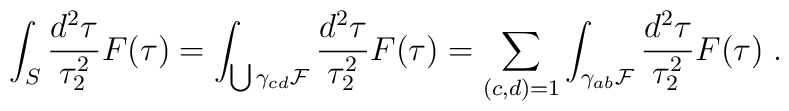
\int_{S}\frac{d^{2}\tau}{\tau_{2}^{2}}F(\tau)=\int_{\bigcup\gamma_{cd}{\cal F}}\frac{d^{2}\tau}{\tau_{2}^{2}}F(\tau)=\sum_{(c,d)=1}\int_{\gamma_{ab}{\cal F}}\frac{d^{2}\tau}{\tau_{2}^{2}}F(\tau)\;.